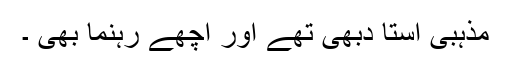
مذہبی استا دبھی تھے اور اچھے رہنما بھی ۔